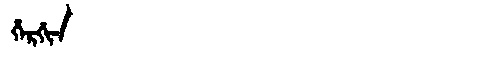
Manchu: ᡥᡝᡵᡤᡳᠨ
Romanization: HERGIN